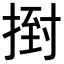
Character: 𢰙